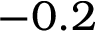
- 0 . 2